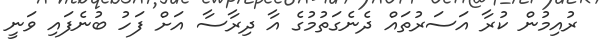
ރުއިމުން ކުރާ އަސަރުތައް ދެނެގަތުމުގެ އާ ދިރާސާ އަށް ފަހު ބުނެފައި ވަނީ